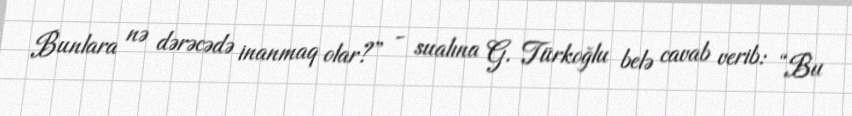
Bunlara nə dərəcədə inanmaq olar?” - sualına G. Türkoğlu belə cavab verib: “Bu